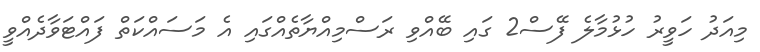
މިއަދު ހަވީރު ހުޅުމާލެ ފޭސް2 ގައި ބޭއްވި ރަސްމިއްޔާތެއްގައި އެ މަސައްކަތް ފަައްޓަވާދެއްވީ